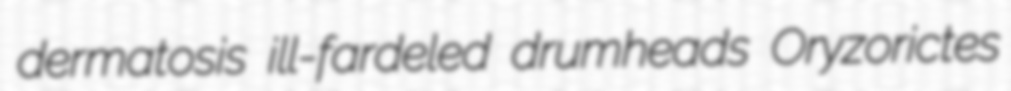
dermatosis ill-fardeled drumheads Oryzorictes